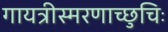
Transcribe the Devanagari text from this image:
गायत्रीस्मरणाच्छुचिः